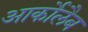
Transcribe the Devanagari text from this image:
आर्कोलैब